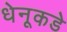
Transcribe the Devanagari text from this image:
धेनूकडे